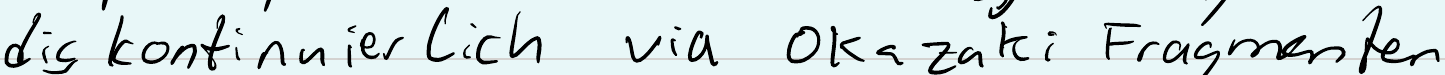
diskontinuierlich via Okazaki Fragmenten